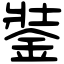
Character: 銺